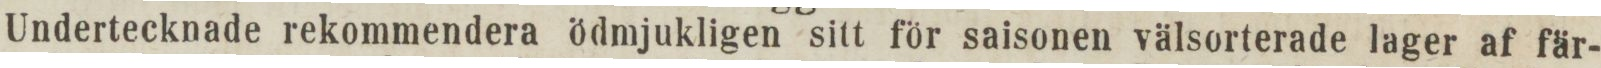
Undertecknade rekommendera ödmjukligen sitt för saisonen välsorterade lager af fär-